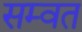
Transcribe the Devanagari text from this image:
सम्‍वत